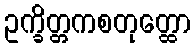
ဥက္ခိတ္တကစတုတ္ထော